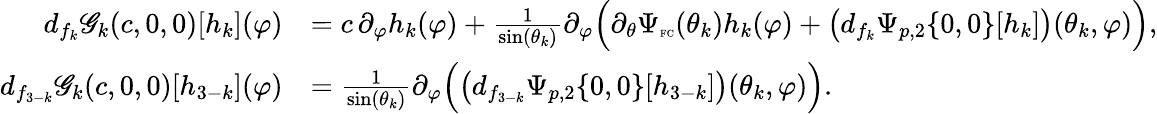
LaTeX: \begin{array}{rl}{d_{f_{k}}\mathscr{G}_{k}(c,0,0)[h_{k}](\varphi)}&{=c\, \partial_{\varphi}h_{k}(\varphi)+\frac{1}{\sin(\theta_{k})}\partial_{\varphi}\Big(\partial_{\theta}\Psi_{\textnormal{\tiny{FC}}}(\theta_{k})h_{k}(\varphi)+\big(d_{f_{k}}\Psi_{p,2}\{ 0,0\} [h_{k}]\big)(\theta_{k},\varphi)\Big),}\\ {d_{f_{3-k}}\mathscr{G}_{k}(c,0,0)[h_{3-k}](\varphi)}&{=\frac{1}{\sin(\theta_{k})}\partial_{\varphi}\Big(\big(d_{f_{3-k}}\Psi_{p,2}\{ 0,0\} [h_{3-k}]\big)(\theta_{k},\varphi)\Big).}\end{array}